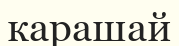
карашай